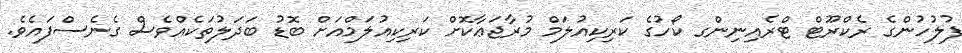
ފުލުހުންގެ ރެކްރޫޓް ޓްރެއިނިންގ ކޯހުގެ ކަރިކިއުލަމް މުރާޖަޢާކޮށް ކަރިކިއުލަމްއަށް ބޮޑު ބަދަލުތަކެއްވެސް ގެނެސްފައެވެ.